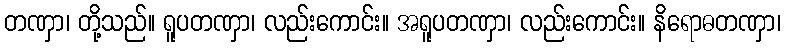
တဏှာ၊ တို့သည်။ ရူပတဏှာ၊ လည်းကောင်း။ အရူပတဏှာ၊ လည်းကောင်း။ နိရောဓတဏှာ၊